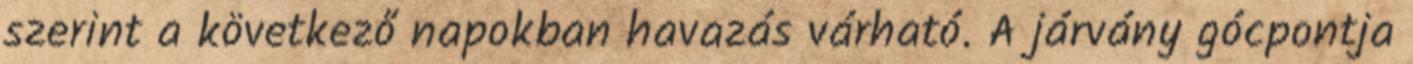
szerint a következő napokban havazás várható. A járvány gócpontja